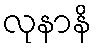
လုနာနိ